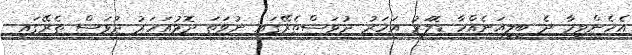
އެހެންވީމާ ދެ ބިލިއަނެއްހާ ޑޮލަރު އަހަރު ދުވަސްތެރޭގައި ނުވަތަ ދޮޅުއަހަރު ދުވަސް ތެރޭގައި